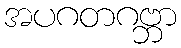
အပဂတဂဗ္ဘာ